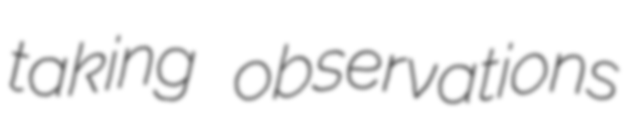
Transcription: taking observations